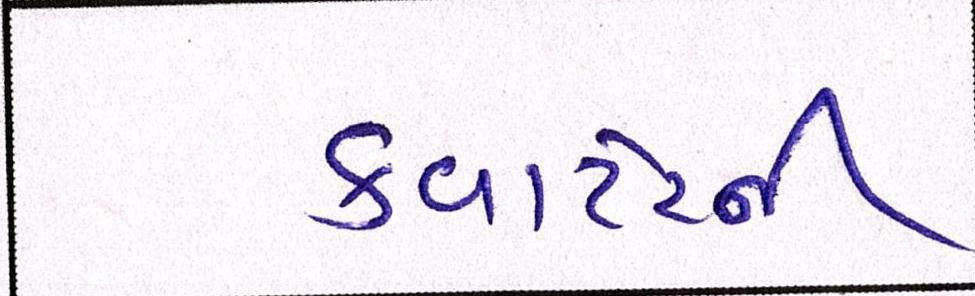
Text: ક્વાર્ટરની